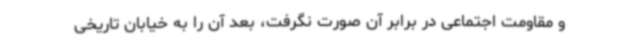
و مقاومت اجتماعی در برابر آن صورت نگرفت، بعد آن را به خیابان تاریخی